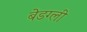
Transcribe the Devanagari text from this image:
बेडग्ली